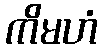
ကိမဟံ